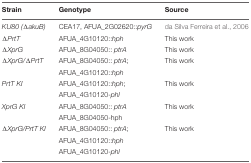
| Strain | Genotype | Source |
 | --- | --- | --- |
 | KU80 (ΔakuB) | CEA17, AFUA_2G02620::pyrG | da Silva Ferreira et al., 2006 |
 | ΔPrtT | AFUA_4G10120::hph | This work |
 | ΔXprG | AFUA_8G04050:: ptrA | This work |
 | ΔXprG/ΔPrtT | AFUA_8G04050:: ptrA; | This work |
 |  | AFUA_4G10120::hph |  |
 | PrtT KI | AFUA_4G10120::hph; | This work |
 |  | AFUA_4G10120-phl |  |
 | XprG KI | AFUA_8G04050:: ptrA | This work |
 |  | AFUA_8G04050-hph |  |
 | ΔXprG/PrtT KI | AFUA_8G04050:: ptrA; | This work |
 |  | AFUA_4G10120::hph |  |
 |  | AFUA_4G10120-phl |  |